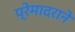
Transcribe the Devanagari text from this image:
प्रेमादराने